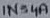
Text: 1N34A